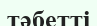
тәбетті